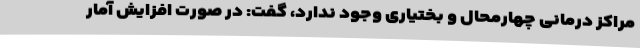
مراکز درمانی چهارمحال و بختیاری وجود ندارد، گفت: در صورت افزایش آمار